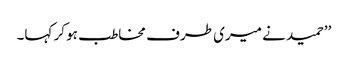
’’حمید نے میری طرف مخاطب ہو کر کہا۔